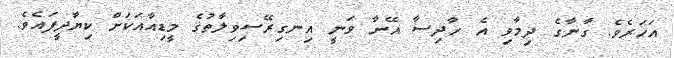
އަހަރެވެ. ގާނާގެ ދިމާވި އެ ހާދިސާ އޭނާ ވަނީ އިނގިރޭސިވިލާތުގެ މީޑިއާއަކަށް ކިޔާދީފައެވެ.